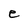
Character: e